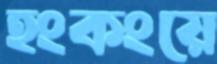
হংকংয়ে